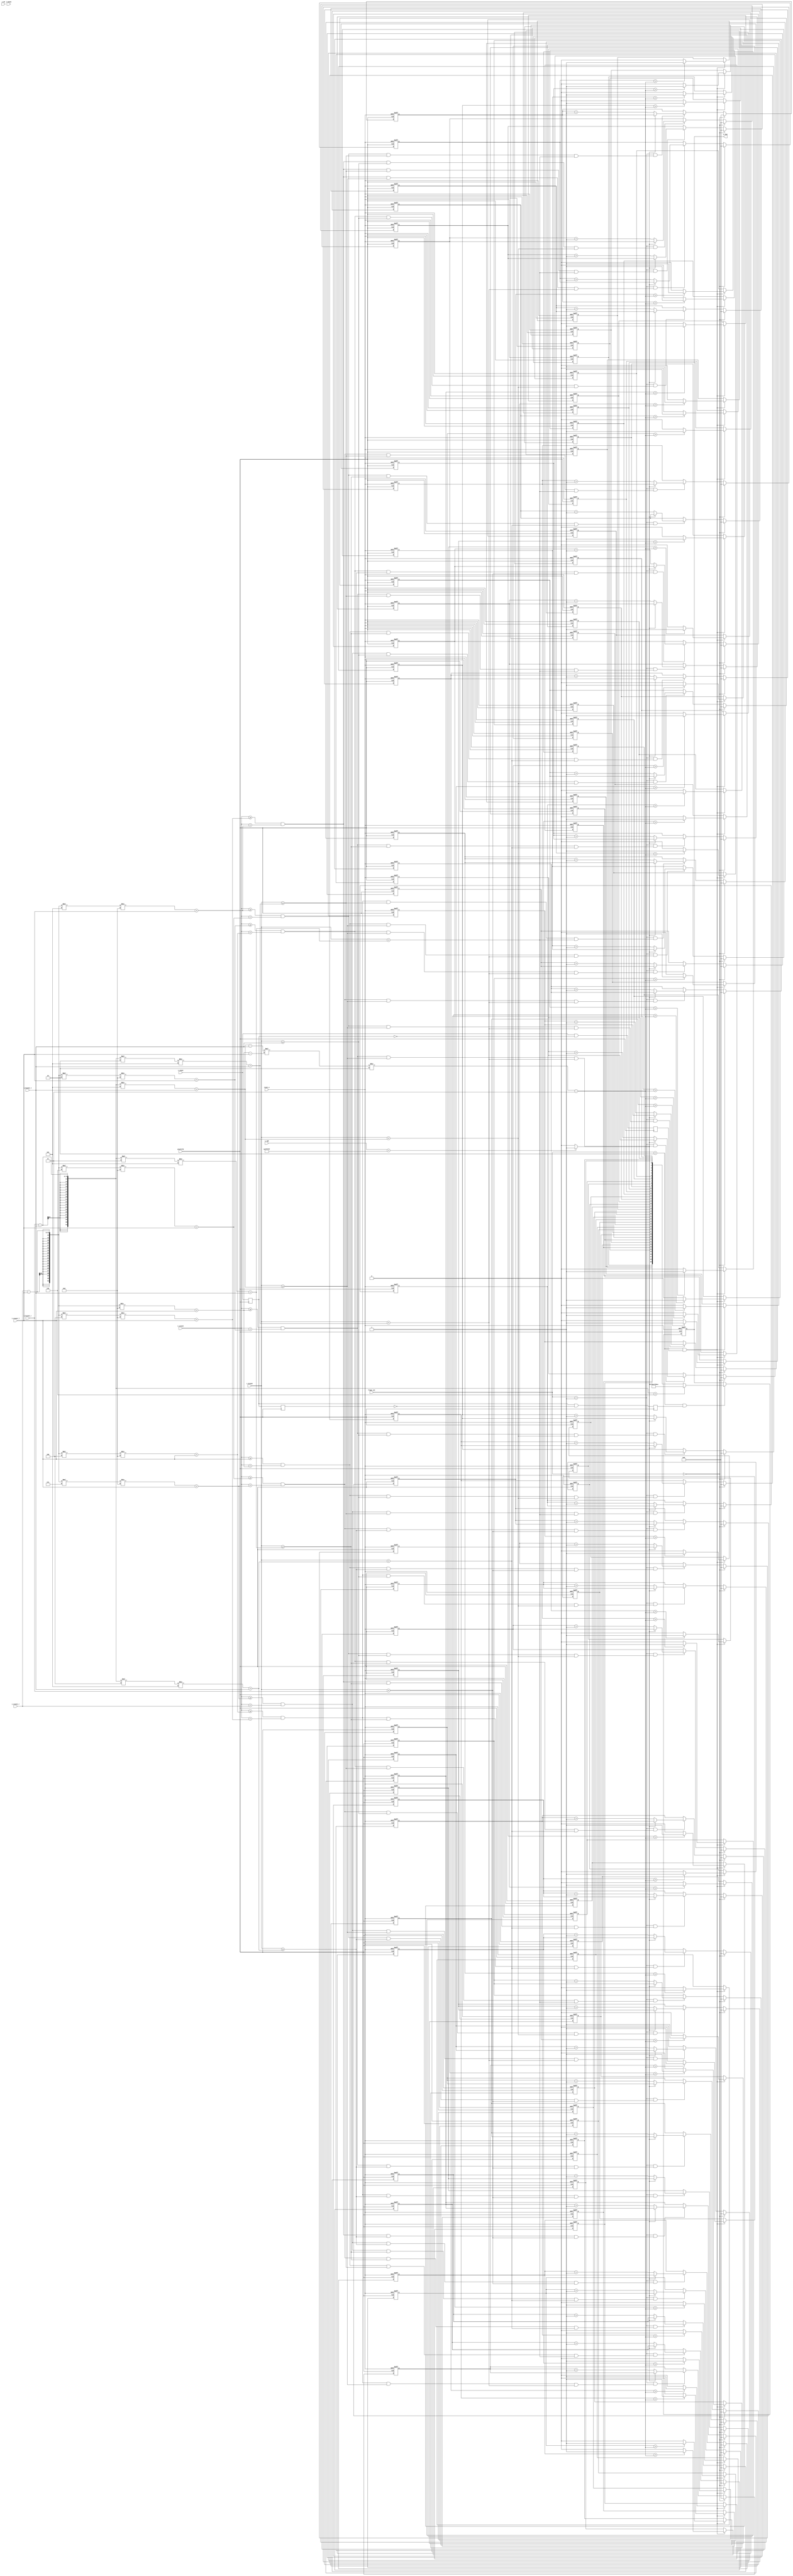
/**********************************************************
single o_character recognition
***********************************************************/

`define i_hcount15 ((i_hcount_r-i_hcount_l)  /5 + i_hcount_l)
`define i_hcount25 ((i_hcount_r-i_hcount_l)*2/5 + i_hcount_l)
`define i_hcount35 ((i_hcount_r-i_hcount_l)*3/5 + i_hcount_l)
`define i_hcount45 ((i_hcount_r-i_hcount_l)*4/5 + i_hcount_l)

`define i_vcount18 ((i_vcount_r-i_vcount_l)  /8 + i_vcount_l)
`define i_vcount28 ((i_vcount_r-i_vcount_l)*2/8 + i_vcount_l)
`define i_vcount38 ((i_vcount_r-i_vcount_l)*3/8 + i_vcount_l)
`define i_vcount48 ((i_vcount_r-i_vcount_l)*4/8 + i_vcount_l)
`define i_vcount58 ((i_vcount_r-i_vcount_l)*5/8 + i_vcount_l)
`define i_vcount68 ((i_vcount_r-i_vcount_l)*6/8 + i_vcount_l)
`define i_vcount78 ((i_vcount_r-i_vcount_l)*7/8 + i_vcount_l)

`define w (`i_hcount15 - i_hcount_l)
`define h (`i_vcount18 - i_vcount_l)
`define area (`w*`h)
`define area2 (`area/2-3'd3)

module character_recognition(
    input                               pixelclk                   ,
    input                               reset_n                    ,
    input              [   2:0]         frame_cnt                  ,//1230

    input              [  23:0]         i_rgb                      ,
    input                               i_hsync                    ,
    input                               i_vsync                    ,
    input                               i_de                       ,
	   
    input              [  11:0]         i_hcount                   ,
    input              [  11:0]         i_vcount                   ,
	   
    input              [  11:0]         i_hcount_l                 ,
    input              [  11:0]         i_hcount_r                 ,
    input              [  11:0]         i_vcount_l                 ,
    input              [  11:0]         i_vcount_r                 ,
    output             [  39:0]         o_char                      
       );
	   
reg                                     i_vsync_r                  ;
reg                                     i_vsync_r1                 ;
reg                                     i_vsync_pos                ;
reg                                     i_vsync_pos1               ;

wire                                    wb                         ;//white '1' 
assign wb = (i_rgb == 24'hfff_fff)?1'b1:1'b0;

always @(posedge pixelclk)begin
  i_vsync_r <= i_vsync;
  i_vsync_r1 <= i_vsync_r;
i_vsync_pos <= (i_vsync &(!i_vsync_r));
i_vsync_pos1<= (i_vsync_r &(!i_vsync_r1));
end

//assign i_vsync_pos = (i_vsync &(!i_vsync_r));
//assign i_vsync_pos1 = (i_vsync_r &(!i_vsync_r1));

//-------------------------------------------------------------
//statistics 1
//-------------------------------------------------------------
reg                    [  11:0]         area11_cnt                 ;
reg                    [  11:0]         area12_cnt                 ;
reg                    [  11:0]         area13_cnt                 ;
reg                    [  11:0]         area14_cnt                 ;
reg                    [  11:0]         area15_cnt                 ;

always @(posedge pixelclk or negedge reset_n) begin
   if(!reset_n)
     area11_cnt <= 10'd0;
   else if(frame_cnt == 0)
      area11_cnt <= 10'd0;
   else if(frame_cnt == 1 && (i_vcount >= i_vcount_l && i_vcount < `i_vcount18 && i_hcount >= i_hcount_l && i_hcount < `i_hcount15))
     if(wb == 1'b0)
       area11_cnt <= area11_cnt +1;
   else
     area11_cnt <= area11_cnt;
end

always @(posedge pixelclk or negedge reset_n) begin
   if(!reset_n)
     area12_cnt <= 10'd0;
   else if(frame_cnt == 0)
      area12_cnt <= 10'd0;
   else if(frame_cnt == 1 && (i_vcount >= i_vcount_l && i_vcount < `i_vcount18 && i_hcount >= `i_hcount15 && i_hcount < `i_hcount25))
     if(wb == 1'b0)
       area12_cnt <= area12_cnt +1;
   else
     area12_cnt <= area12_cnt;
end

always @(posedge pixelclk or negedge reset_n) begin
   if(!reset_n)
     area13_cnt <= 10'd0;
   else if(frame_cnt == 0)
      area13_cnt <= 10'd0;
   else if(frame_cnt == 1 && (i_vcount >= i_vcount_l && i_vcount < `i_vcount18 && i_hcount >= `i_hcount25 && i_hcount < `i_hcount35))
     if(wb == 1'b0)
       area13_cnt <= area13_cnt +1;
   else
     area13_cnt <= area13_cnt;
end

always @(posedge pixelclk or negedge reset_n) begin
   if(!reset_n)
     area14_cnt <= 10'd0;
   else if(frame_cnt == 0)
      area14_cnt <= 10'd0;
   else if(frame_cnt == 1 && (i_vcount >= i_vcount_l && i_vcount < `i_vcount18 && i_hcount >= `i_hcount35 && i_hcount < `i_hcount45))
     if(wb == 1'b0)
       area14_cnt <= area14_cnt +1;
   else
     area14_cnt <= area14_cnt;
end

always @(posedge pixelclk or negedge reset_n) begin
   if(!reset_n)
     area15_cnt <= 10'd0;
   else if(frame_cnt == 0)
      area15_cnt <= 10'd0;
   else if(frame_cnt == 1 && (i_vcount >= i_vcount_l && i_vcount < `i_vcount18 && i_hcount >= `i_hcount45 && i_hcount < i_hcount_r))
     if(wb == 1'b0)
       area15_cnt <= area15_cnt +1;
   else
     area15_cnt <= area15_cnt;
end

//-------------------------------------------------------------
//statistics 2
//-------------------------------------------------------------
reg                    [  11:0]         area21_cnt                 ;
reg                    [  11:0]         area22_cnt                 ;
reg                    [  11:0]         area23_cnt                 ;
reg                    [  11:0]         area24_cnt                 ;
reg                    [  11:0]         area25_cnt                 ;


always @(posedge pixelclk or negedge reset_n) begin
   if(!reset_n)
     area21_cnt <= 10'd0;
   else if(frame_cnt == 0)
      area21_cnt <= 10'd0;
   else if(frame_cnt == 1 && (i_vcount >= `i_vcount18 && i_vcount < `i_vcount28 && i_hcount >= i_hcount_l && i_hcount < `i_hcount15))
     if(wb == 1'b0)
       area21_cnt <= area21_cnt +1;
   else
     area21_cnt <= area21_cnt;
end

always @(posedge pixelclk or negedge reset_n) begin
   if(!reset_n)
     area22_cnt <= 10'd0;
   else if(frame_cnt == 0)
      area22_cnt <= 10'd0;
   else if(frame_cnt == 1 && (i_vcount >= `i_vcount18 && i_vcount < `i_vcount28 && i_hcount >= `i_hcount15 && i_hcount < `i_hcount25))
     if(wb == 1'b0)
       area22_cnt <= area22_cnt +1;
   else
     area22_cnt <= area22_cnt;
end

always @(posedge pixelclk or negedge reset_n) begin
   if(!reset_n)
     area23_cnt <= 10'd0;
   else if(frame_cnt == 0)
      area23_cnt <= 10'd0;
   else if(frame_cnt == 1 && (i_vcount >= `i_vcount18 && i_vcount < `i_vcount28 && i_hcount >= `i_hcount25 && i_hcount < `i_hcount35))
     if(wb == 1'b0)
       area23_cnt <= area23_cnt +1;
   else
     area23_cnt <= area23_cnt;
end

always @(posedge pixelclk or negedge reset_n) begin
   if(!reset_n)
     area24_cnt <= 10'd0;
   else if(frame_cnt == 0)
      area24_cnt <= 10'd0;
   else if(frame_cnt == 1 && (i_vcount >= `i_vcount18 && i_vcount < `i_vcount28 && i_hcount >= `i_hcount35 && i_hcount < `i_hcount45))
     if(wb == 1'b0)
       area24_cnt <= area24_cnt +1;
   else
     area24_cnt <= area24_cnt;
end

always @(posedge pixelclk or negedge reset_n) begin
   if(!reset_n)
     area25_cnt <= 10'd0;
   else if(frame_cnt == 0)
      area25_cnt <= 10'd0;
   else if(frame_cnt == 1 && (i_vcount >= `i_vcount18 && i_vcount < `i_vcount28 && i_hcount >= `i_hcount45 && i_hcount < i_hcount_r))
     if(wb == 1'b0)
       area25_cnt <= area25_cnt +1;
   else
     area25_cnt <= area25_cnt;
end

//-------------------------------------------------------------
//statistics 3
//-------------------------------------------------------------
reg                    [  11:0]         area31_cnt                 ;
reg                    [  11:0]         area32_cnt                 ;
reg                    [  11:0]         area33_cnt                 ;
reg                    [  11:0]         area34_cnt                 ;
reg                    [  11:0]         area35_cnt                 ;


always @(posedge pixelclk or negedge reset_n) begin
   if(!reset_n)
     area31_cnt <= 10'd0;
   else if(frame_cnt == 0)
      area31_cnt <= 10'd0;
   else if(frame_cnt == 1 && (i_vcount >= `i_vcount28 && i_vcount < `i_vcount38 && i_hcount >= i_hcount_l && i_hcount < `i_hcount15))
     if(wb == 1'b0)
       area31_cnt <= area31_cnt +1;
   else
     area31_cnt <= area31_cnt;
end

always @(posedge pixelclk or negedge reset_n) begin
   if(!reset_n)
     area32_cnt <= 10'd0;
   else if(frame_cnt == 0)
      area32_cnt <= 10'd0;
   else if(frame_cnt == 1 && (i_vcount >= `i_vcount28 && i_vcount < `i_vcount38 && i_hcount >= `i_hcount15 && i_hcount < `i_hcount25))
     if(wb == 1'b0)
       area32_cnt <= area32_cnt +1;
   else
     area32_cnt <= area32_cnt;
end

always @(posedge pixelclk or negedge reset_n) begin
   if(!reset_n)
     area33_cnt <= 10'd0;
   else if(frame_cnt == 0)
      area33_cnt <= 10'd0;
   else if(frame_cnt == 1 && (i_vcount >= `i_vcount28 && i_vcount < `i_vcount38 && i_hcount >= `i_hcount25 && i_hcount < `i_hcount35))
     if(wb == 1'b0)
       area33_cnt <= area33_cnt +1;
   else
     area33_cnt <= area33_cnt;
end

always @(posedge pixelclk or negedge reset_n) begin
   if(!reset_n)
     area34_cnt <= 10'd0;
   else if(frame_cnt == 0)
      area34_cnt <= 10'd0;
   else if(frame_cnt == 1 && (i_vcount >= `i_vcount28 && i_vcount < `i_vcount38 && i_hcount >= `i_hcount35 && i_hcount < `i_hcount45))
     if(wb == 1'b0)
       area34_cnt <= area34_cnt +1;
   else
     area34_cnt <= area34_cnt;
end

always @(posedge pixelclk or negedge reset_n) begin
   if(!reset_n)
     area35_cnt <= 10'd0;
   else if(frame_cnt == 0)
      area35_cnt <= 10'd0;
   else if(frame_cnt == 1 && (i_vcount >= `i_vcount28 && i_vcount < `i_vcount38 && i_hcount >= `i_hcount45 && i_hcount < i_hcount_r))
     if(wb == 1'b0)
       area35_cnt <= area35_cnt +1;
   else
     area35_cnt <= area35_cnt;
end

//-------------------------------------------------------------
//statistics 4
//-------------------------------------------------------------
reg                    [  11:0]         area41_cnt                 ;
reg                    [  11:0]         area42_cnt                 ;
reg                    [  11:0]         area43_cnt                 ;
reg                    [  11:0]         area44_cnt                 ;
reg                    [  11:0]         area45_cnt                 ;

always @(posedge pixelclk or negedge reset_n) begin
   if(!reset_n)
     area41_cnt <= 10'd0;
   else if(frame_cnt == 0)
      area41_cnt <= 10'd0;
   else if(frame_cnt == 1 && (i_vcount >= `i_vcount38 && i_vcount < `i_vcount48 && i_hcount >= i_hcount_l && i_hcount < `i_hcount15))
     if(wb == 1'b0)
       area41_cnt <= area41_cnt +1;
   else
     area41_cnt <= area41_cnt;
end

always @(posedge pixelclk or negedge reset_n) begin
   if(!reset_n)
     area42_cnt <= 10'd0;
   else if(frame_cnt == 0)
      area42_cnt <= 10'd0;
   else if(frame_cnt == 1 && (i_vcount >= `i_vcount38 && i_vcount < `i_vcount48 && i_hcount >= `i_hcount15 && i_hcount < `i_hcount25))
     if(wb == 1'b0)
       area42_cnt <= area42_cnt +1;
   else
     area42_cnt <= area42_cnt;
end

always @(posedge pixelclk or negedge reset_n) begin
   if(!reset_n)
     area43_cnt <= 10'd0;
   else if(frame_cnt == 0)
      area43_cnt <= 10'd0;
   else if(frame_cnt == 1 && (i_vcount >= `i_vcount38 && i_vcount < `i_vcount48 && i_hcount >= `i_hcount25 && i_hcount < `i_hcount35))
     if(wb == 1'b0)
       area43_cnt <= area43_cnt +1;
   else
     area43_cnt <= area43_cnt;
end

always @(posedge pixelclk or negedge reset_n) begin
   if(!reset_n)
     area44_cnt <= 10'd0;
   else if(frame_cnt == 0)
      area44_cnt <= 10'd0;
   else if(frame_cnt == 1 && (i_vcount >= `i_vcount38 && i_vcount < `i_vcount48 && i_hcount >= `i_hcount35 && i_hcount < `i_hcount45))
     if(wb == 1'b0)
       area44_cnt <= area44_cnt +1;
   else
     area44_cnt <= area44_cnt;
end

always @(posedge pixelclk or negedge reset_n) begin
   if(!reset_n)
     area45_cnt <= 10'd0;
   else if(frame_cnt == 0)
      area45_cnt <= 10'd0;
   else if(frame_cnt == 1 && (i_vcount >= `i_vcount38 && i_vcount < `i_vcount48 && i_hcount >= `i_hcount45 && i_hcount < i_hcount_r))
     if(wb == 1'b0)
       area45_cnt <= area45_cnt +1;
   else
     area45_cnt <= area45_cnt;
end
//-------------------------------------------------------------
//statistics 5
//-------------------------------------------------------------
reg                    [  11:0]         area51_cnt                 ;
reg                    [  11:0]         area52_cnt                 ;
reg                    [  11:0]         area53_cnt                 ;
reg                    [  11:0]         area54_cnt                 ;
reg                    [  11:0]         area55_cnt                 ;

always @(posedge pixelclk or negedge reset_n) begin
   if(!reset_n)
     area51_cnt <= 10'd0;
   else if(frame_cnt == 0)
      area51_cnt <= 10'd0;
   else if(frame_cnt == 1 && (i_vcount >= `i_vcount48 && i_vcount < `i_vcount58 && i_hcount >= i_hcount_l && i_hcount < `i_hcount15))
     if(wb == 1'b0)
       area51_cnt <= area51_cnt +1;
   else
     area51_cnt <= area51_cnt;
end

always @(posedge pixelclk or negedge reset_n) begin
   if(!reset_n)
     area52_cnt <= 10'd0;
   else if(frame_cnt == 0)
      area52_cnt <= 10'd0;
   else if(frame_cnt == 1 && (i_vcount >= `i_vcount48 && i_vcount < `i_vcount58 && i_hcount >= `i_hcount15 && i_hcount < `i_hcount25))
     if(wb == 1'b0)
       area52_cnt <= area52_cnt +1;
   else
     area52_cnt <= area52_cnt;
end

always @(posedge pixelclk or negedge reset_n) begin
   if(!reset_n)
     area53_cnt <= 10'd0;
   else if(frame_cnt == 0)
      area53_cnt <= 10'd0;
   else if(frame_cnt == 1 && (i_vcount >= `i_vcount48 && i_vcount < `i_vcount58 && i_hcount >= `i_hcount25 && i_hcount < `i_hcount35))
     if(wb == 1'b0)
       area53_cnt <= area53_cnt +1;
   else
     area53_cnt <= area53_cnt;
end

always @(posedge pixelclk or negedge reset_n) begin
   if(!reset_n)
     area54_cnt <= 10'd0;
   else if(frame_cnt == 0)
      area54_cnt <= 10'd0;
   else if(frame_cnt == 1 && (i_vcount >= `i_vcount48 && i_vcount < `i_vcount58 && i_hcount >= `i_hcount35 && i_hcount < `i_hcount45))
     if(wb == 1'b0)
       area54_cnt <= area54_cnt +1;
   else
     area54_cnt <= area54_cnt;
end

always @(posedge pixelclk or negedge reset_n) begin
   if(!reset_n)
     area55_cnt <= 10'd0;
   else if(frame_cnt == 0)
      area55_cnt <= 10'd0;
   else if(frame_cnt == 1 && (i_vcount >= `i_vcount48 && i_vcount < `i_vcount58 && i_hcount >= `i_hcount45 && i_hcount < i_hcount_r))
     if(wb == 1'b0)
       area55_cnt <= area55_cnt +1;
   else
     area55_cnt <= area55_cnt;
end

//-------------------------------------------------------------
//statistics 6
//-------------------------------------------------------------
reg                    [  11:0]         area61_cnt                 ;
reg                    [  11:0]         area62_cnt                 ;
reg                    [  11:0]         area63_cnt                 ;
reg                    [  11:0]         area64_cnt                 ;
reg                    [  11:0]         area65_cnt                 ;


always @(posedge pixelclk or negedge reset_n) begin
   if(!reset_n)
     area61_cnt <= 10'd0;
   else if(frame_cnt == 0)
      area61_cnt <= 10'd0;
   else if(frame_cnt == 1 && (i_vcount >= `i_vcount58 && i_vcount < `i_vcount68 && i_hcount >= i_hcount_l && i_hcount < `i_hcount15))
     if(wb == 1'b0)
       area61_cnt <= area61_cnt +1;
   else
     area61_cnt <= area61_cnt;
end

always @(posedge pixelclk or negedge reset_n) begin
   if(!reset_n)
     area62_cnt <= 10'd0;
   else if(frame_cnt == 0)
      area62_cnt <= 10'd0;
   else if(frame_cnt == 1 && (i_vcount >= `i_vcount58 && i_vcount < `i_vcount68 && i_hcount >= `i_hcount15 && i_hcount < `i_hcount25))
     if(wb == 1'b0)
       area62_cnt <= area62_cnt +1;
   else
     area62_cnt <= area62_cnt;
end

always @(posedge pixelclk or negedge reset_n) begin
   if(!reset_n)
     area63_cnt <= 10'd0;
   else if(frame_cnt == 0)
      area63_cnt <= 10'd0;
   else if(frame_cnt == 1 && (i_vcount >= `i_vcount58 && i_vcount < `i_vcount68 && i_hcount >= `i_hcount25 && i_hcount < `i_hcount35))
     if(wb == 1'b0)
       area63_cnt <= area63_cnt +1;
   else
     area63_cnt <= area63_cnt;
end

always @(posedge pixelclk or negedge reset_n) begin
   if(!reset_n)
     area64_cnt <= 10'd0;
   else if(frame_cnt == 0)
      area64_cnt <= 10'd0;
   else if(frame_cnt == 1 && (i_vcount >= `i_vcount58 && i_vcount < `i_vcount68 && i_hcount >= `i_hcount35 && i_hcount < `i_hcount45))
     if(wb == 1'b0)
       area64_cnt <= area64_cnt +1;
   else
     area64_cnt <= area64_cnt;
end

always @(posedge pixelclk or negedge reset_n) begin
   if(!reset_n)
     area65_cnt <= 10'd0;
   else if(frame_cnt == 0)
      area65_cnt <= 10'd0;
   else if(frame_cnt == 1 && (i_vcount >= `i_vcount58 && i_vcount < `i_vcount68 && i_hcount >= `i_hcount45 && i_hcount < i_hcount_r))
     if(wb == 1'b0)
       area65_cnt <= area65_cnt +1;
   else
     area65_cnt <= area65_cnt;
end

//-------------------------------------------------------------
//statistics 7
//-------------------------------------------------------------
reg                    [  11:0]         area71_cnt                 ;
reg                    [  11:0]         area72_cnt                 ;
reg                    [  11:0]         area73_cnt                 ;
reg                    [  11:0]         area74_cnt                 ;
reg                    [  11:0]         area75_cnt                 ;


always @(posedge pixelclk or negedge reset_n) begin
   if(!reset_n)
     area71_cnt <= 10'd0;
   else if(frame_cnt == 0)
      area71_cnt <= 10'd0;
   else if(frame_cnt == 1 && (i_vcount >= `i_vcount68 && i_vcount < `i_vcount78 && i_hcount >= i_hcount_l && i_hcount < `i_hcount15))
     if(wb == 1'b0)
       area71_cnt <= area71_cnt +1;
   else
     area71_cnt <= area71_cnt;
end

always @(posedge pixelclk or negedge reset_n) begin
   if(!reset_n)
     area72_cnt <= 10'd0;
   else if(frame_cnt == 0)
      area72_cnt <= 10'd0;
   else if(frame_cnt == 1 && (i_vcount >= `i_vcount68 && i_vcount < `i_vcount78 && i_hcount >= `i_hcount15 && i_hcount < `i_hcount25))
     if(wb == 1'b0)
       area72_cnt <= area72_cnt +1;
   else
     area72_cnt <= area72_cnt;
end

always @(posedge pixelclk or negedge reset_n) begin
   if(!reset_n)
     area73_cnt <= 10'd0;
   else if(frame_cnt == 0)
      area73_cnt <= 10'd0;
   else if(frame_cnt == 1 && (i_vcount >= `i_vcount68 && i_vcount < `i_vcount78 && i_hcount >= `i_hcount25 && i_hcount < `i_hcount35))
     if(wb == 1'b0)
       area73_cnt <= area73_cnt +1;
   else
     area73_cnt <= area73_cnt;
end

always @(posedge pixelclk or negedge reset_n) begin
   if(!reset_n)
     area74_cnt <= 10'd0;
   else if(frame_cnt == 0)
      area74_cnt <= 10'd0;
   else if(frame_cnt == 1 && (i_vcount >= `i_vcount68 && i_vcount < `i_vcount78 && i_hcount >= `i_hcount35 && i_hcount < `i_hcount45))
     if(wb == 1'b0)
       area74_cnt <= area74_cnt +1;
   else
     area74_cnt <= area74_cnt;
end

always @(posedge pixelclk or negedge reset_n) begin
   if(!reset_n)
     area75_cnt <= 10'd0;
   else if(frame_cnt == 0)
      area75_cnt <= 10'd0;
   else if(frame_cnt == 1 && (i_vcount >= `i_vcount68 && i_vcount < `i_vcount78 && i_hcount >= `i_hcount45 && i_hcount < i_hcount_r))
     if(wb == 1'b0)
       area75_cnt <= area75_cnt +1;
   else
     area75_cnt <= area75_cnt;
end

//-------------------------------------------------------------
//statistics 8
//-------------------------------------------------------------
reg                    [  11:0]         area81_cnt                 ;
reg                    [  11:0]         area82_cnt                 ;
reg                    [  11:0]         area83_cnt                 ;
reg                    [  11:0]         area84_cnt                 ;
reg                    [  11:0]         area85_cnt                 ;

always @(posedge pixelclk or negedge reset_n) begin
   if(!reset_n)
     area81_cnt <= 10'd0;
   else if(frame_cnt == 0)
      area81_cnt <= 10'd0;
   else if(frame_cnt == 1 && (i_vcount >= `i_vcount78 && i_vcount < i_vcount_r && i_hcount >= i_hcount_l && i_hcount < `i_hcount15))
     if(wb == 1'b0)
       area81_cnt <= area81_cnt +1;
   else
     area81_cnt <= area81_cnt;
end

always @(posedge pixelclk or negedge reset_n) begin
   if(!reset_n)
     area82_cnt <= 10'd0;
   else if(frame_cnt == 0)
      area82_cnt <= 10'd0;
   else if(frame_cnt == 1 && (i_vcount >= `i_vcount78 && i_vcount < i_vcount_r && i_hcount >= `i_hcount15 && i_hcount < `i_hcount25))
     if(wb == 1'b0)
       area82_cnt <= area82_cnt +1;
   else
     area82_cnt <= area82_cnt;
end

always @(posedge pixelclk or negedge reset_n) begin
   if(!reset_n)
     area83_cnt <= 10'd0;
   else if(frame_cnt == 0)
      area83_cnt <= 10'd0;
   else if(frame_cnt == 1 && (i_vcount >= `i_vcount78 && i_vcount < i_vcount_r && i_hcount >= `i_hcount25 && i_hcount < `i_hcount35))
     if(wb == 1'b0)
       area83_cnt <= area83_cnt +1;
   else
     area83_cnt <= area83_cnt;
end

always @(posedge pixelclk or negedge reset_n) begin
   if(!reset_n)
     area84_cnt <= 10'd0;
   else if(frame_cnt == 0)
      area84_cnt <= 10'd0;
   else if(frame_cnt == 1 && (i_vcount >= `i_vcount78 && i_vcount < i_vcount_r && i_hcount >= `i_hcount35 && i_hcount < `i_hcount45))
     if(wb == 1'b0)
       area84_cnt <= area84_cnt +1;
   else
     area84_cnt <= area84_cnt;
end

always @(posedge pixelclk or negedge reset_n) begin
   if(!reset_n)
     area85_cnt <= 10'd0;
   else if(frame_cnt == 0)
      area85_cnt <= 10'd0;
   else if(frame_cnt == 1 && (i_vcount >= `i_vcount78 && i_vcount < i_vcount_r && i_hcount >= `i_hcount45 && i_hcount < i_hcount_r))
     if(wb == 1'b0)
       area85_cnt <= area85_cnt +1;
   else
     area85_cnt <= area85_cnt;
end
//--------------------------------------------------------------
// analyze
//--------------------------------------------------------------
/*
wire                                    area11_wb = (area11_cnt > `area2  && frame_cnt == 2 && i_vsync_pos == 1'b1)?1'b1:1'b0;
wire                                    area12_wb = (area12_cnt > `area2  && frame_cnt == 2 && i_vsync_pos == 1'b1)?1'b1:1'b0;
wire                                    area13_wb = (area13_cnt > `area2  && frame_cnt == 2 && i_vsync_pos == 1'b1)?1'b1:1'b0;
wire                                    area14_wb = (area14_cnt > `area2  && frame_cnt == 2 && i_vsync_pos == 1'b1)?1'b1:1'b0;
wire                                    area15_wb = (area15_cnt > `area2  && frame_cnt == 2 && i_vsync_pos == 1'b1)?1'b1:1'b0;

wire                                    area21_wb = (area21_cnt > `area2  && frame_cnt == 2 && i_vsync_pos == 1'b1)?1'b1:1'b0;
wire                                    area22_wb = (area22_cnt > `area2  && frame_cnt == 2 && i_vsync_pos == 1'b1)?1'b1:1'b0;
wire                                    area23_wb = (area23_cnt > `area2  && frame_cnt == 2 && i_vsync_pos == 1'b1)?1'b1:1'b0;
wire                                    area24_wb = (area24_cnt > `area2  && frame_cnt == 2 && i_vsync_pos == 1'b1)?1'b1:1'b0;
wire                                    area25_wb = (area25_cnt > `area2  && frame_cnt == 2 && i_vsync_pos == 1'b1)?1'b1:1'b0;

wire                                    area31_wb = (area31_cnt > `area2  && frame_cnt == 2 && i_vsync_pos == 1'b1)?1'b1:1'b0;
wire                                    area32_wb = (area32_cnt > `area2  && frame_cnt == 2 && i_vsync_pos == 1'b1)?1'b1:1'b0;
wire                                    area33_wb = (area33_cnt > `area2  && frame_cnt == 2 && i_vsync_pos == 1'b1)?1'b1:1'b0;
wire                                    area34_wb = (area34_cnt > `area2  && frame_cnt == 2 && i_vsync_pos == 1'b1)?1'b1:1'b0;
wire                                    area35_wb = (area35_cnt > `area2  && frame_cnt == 2 && i_vsync_pos == 1'b1)?1'b1:1'b0;

wire                                    area41_wb = (area41_cnt > `area2  && frame_cnt == 2 && i_vsync_pos == 1'b1)?1'b1:1'b0;
wire                                    area42_wb = (area42_cnt > `area2  && frame_cnt == 2 && i_vsync_pos == 1'b1)?1'b1:1'b0;
wire                                    area43_wb = (area43_cnt > `area2  && frame_cnt == 2 && i_vsync_pos == 1'b1)?1'b1:1'b0;
wire                                    area44_wb = (area44_cnt > `area2  && frame_cnt == 2 && i_vsync_pos == 1'b1)?1'b1:1'b0;
wire                                    area45_wb = (area45_cnt > `area2  && frame_cnt == 2 && i_vsync_pos == 1'b1)?1'b1:1'b0;

wire                                    area51_wb = (area51_cnt > `area2  && frame_cnt == 2 && i_vsync_pos == 1'b1)?1'b1:1'b0;
wire                                    area52_wb = (area52_cnt > `area2  && frame_cnt == 2 && i_vsync_pos == 1'b1)?1'b1:1'b0;
wire                                    area53_wb = (area53_cnt > `area2  && frame_cnt == 2 && i_vsync_pos == 1'b1)?1'b1:1'b0;
wire                                    area54_wb = (area54_cnt > `area2  && frame_cnt == 2 && i_vsync_pos == 1'b1)?1'b1:1'b0;
wire                                    area55_wb = (area55_cnt > `area2  && frame_cnt == 2 && i_vsync_pos == 1'b1)?1'b1:1'b0;

wire                                    area61_wb = (area61_cnt > `area2  && frame_cnt == 1)?1'b1:1'b0;
wire                                    area62_wb = (area62_cnt > `area2  && frame_cnt == 1)?1'b1:1'b0;
wire                                    area63_wb = (area63_cnt > `area2  && frame_cnt == 1)?1'b1:1'b0;
wire                                    area64_wb = (area64_cnt > `area2  && frame_cnt == 1)?1'b1:1'b0;
wire                                    area65_wb = (area65_cnt > `area2  && frame_cnt == 1)?1'b1:1'b0;

wire                                    area71_wb = (area71_cnt > `area2  && frame_cnt == 2 && i_vsync_pos == 1'b1)?1'b1:1'b0;
wire                                    area72_wb = (area72_cnt > `area2  && frame_cnt == 2 && i_vsync_pos == 1'b1)?1'b1:1'b0;
wire                                    area73_wb = (area73_cnt > `area2  && frame_cnt == 2 && i_vsync_pos == 1'b1)?1'b1:1'b0;
wire                                    area74_wb = (area74_cnt > `area2  && frame_cnt == 2 && i_vsync_pos == 1'b1)?1'b1:1'b0;
wire                                    area75_wb = (area75_cnt > `area2  && frame_cnt == 2 && i_vsync_pos == 1'b1)?1'b1:1'b0;

wire                                    area81_wb = (area81_cnt > `area2  && frame_cnt == 2 && i_vsync_pos == 1'b1)?1'b1:1'b0;
wire                                    area82_wb = (area82_cnt > `area2  && frame_cnt == 2 && i_vsync_pos == 1'b1)?1'b1:1'b0;
wire                                    area83_wb = (area83_cnt > `area2  && frame_cnt == 2 && i_vsync_pos == 1'b1)?1'b1:1'b0;
wire                                    area84_wb = (area84_cnt > `area2  && frame_cnt == 2 && i_vsync_pos == 1'b1)?1'b1:1'b0;
wire                                    area85_wb = (area85_cnt > `area2  && frame_cnt == 2 && i_vsync_pos == 1'b1)?1'b1:1'b0;
*/
reg                                     area11_wb                  ;
reg                                     area12_wb                  ;
reg                                     area13_wb                  ;
reg                                     area14_wb                  ;
reg                                     area15_wb                  ;

always @(posedge pixelclk or  negedge reset_n) begin
  if(reset_n == 1'b0) begin
    area11_wb <= 1'b0;
    area12_wb <= 1'b0;
    area13_wb <= 1'b0;
    area14_wb <= 1'b0;
    area15_wb <= 1'b0;
  end
  else if(frame_cnt == 2'd2 && i_vsync_pos == 1'b1)begin
    area11_wb <=(area11_cnt > `area2)?1'b1:1'b0;
    area12_wb <=(area12_cnt > `area2)?1'b1:1'b0;
    area13_wb <=(area13_cnt > `area2)?1'b1:1'b0;
    area14_wb <=(area14_cnt > `area2)?1'b1:1'b0;
    area15_wb <=(area15_cnt > `area2)?1'b1:1'b0;
  end
end

reg                                     area21_wb                  ;
reg                                     area22_wb                  ;
reg                                     area23_wb                  ;
reg                                     area24_wb                  ;
reg                                     area25_wb                  ;

always @(posedge pixelclk or  negedge reset_n) begin
  if(reset_n == 1'b0) begin
    area21_wb <= 1'b0;
    area22_wb <= 1'b0;
    area23_wb <= 1'b0;
    area24_wb <= 1'b0;
    area25_wb <= 1'b0;
  end
  else if(frame_cnt == 2'd2 && i_vsync_pos == 1'b1)begin
    area21_wb <=(area21_cnt > `area2)?1'b1:1'b0;
    area22_wb <=(area22_cnt > `area2)?1'b1:1'b0;
    area23_wb <=(area23_cnt > `area2)?1'b1:1'b0;
    area24_wb <=(area24_cnt > `area2)?1'b1:1'b0;
    area25_wb <=(area25_cnt > `area2)?1'b1:1'b0;
  end
end

reg                                     area31_wb                  ;
reg                                     area32_wb                  ;
reg                                     area33_wb                  ;
reg                                     area34_wb                  ;
reg                                     area35_wb                  ;

always @(posedge pixelclk or  negedge reset_n) begin
  if(reset_n == 1'b0) begin
    area31_wb <= 1'b0;
    area32_wb <= 1'b0;
    area33_wb <= 1'b0;
    area34_wb <= 1'b0;
    area35_wb <= 1'b0;
  end
  else if(frame_cnt ==2'd2 && i_vsync_pos == 1'b1)begin
    area31_wb <=(area31_cnt > `area2)?1'b1:1'b0;
    area32_wb <=(area32_cnt > `area2)?1'b1:1'b0;
    area33_wb <=(area33_cnt > `area2)?1'b1:1'b0;
    area34_wb <=(area34_cnt > `area2)?1'b1:1'b0;
    area35_wb <=(area35_cnt > `area2)?1'b1:1'b0;
  end
end

reg                                     area41_wb                  ;
reg                                     area42_wb                  ;
reg                                     area43_wb                  ;
reg                                     area44_wb                  ;
reg                                     area45_wb                  ;

always @(posedge pixelclk or  negedge reset_n) begin
  if(reset_n == 1'b0) begin
    area41_wb <= 1'b0;
    area42_wb <= 1'b0;
    area43_wb <= 1'b0;
    area44_wb <= 1'b0;
    area45_wb <= 1'b0;
  end
  else if(frame_cnt == 2'd2 && i_vsync_pos == 1'b1)begin
    area41_wb <=(area41_cnt > `area2)?1'b1:1'b0;
    area42_wb <=(area42_cnt > `area2)?1'b1:1'b0;
    area43_wb <=(area43_cnt > `area2)?1'b1:1'b0;
    area44_wb <=(area44_cnt > `area2)?1'b1:1'b0;
    area45_wb <=(area45_cnt > `area2)?1'b1:1'b0;
  end
end

reg                                     area51_wb                  ;
reg                                     area52_wb                  ;
reg                                     area53_wb                  ;
reg                                     area54_wb                  ;
reg                                     area55_wb                  ;

always @(posedge pixelclk or  negedge reset_n) begin
  if(reset_n == 1'b0) begin
    area51_wb <= 1'b0;
    area52_wb <= 1'b0;
    area53_wb <= 1'b0;
    area54_wb <= 1'b0;
    area55_wb <= 1'b0;
  end
  else if(frame_cnt == 2'd2 && i_vsync_pos == 1'b1)begin
    area51_wb <=(area51_cnt > `area2)?1'b1:1'b0;
    area52_wb <=(area52_cnt > `area2)?1'b1:1'b0;
    area53_wb <=(area53_cnt > `area2)?1'b1:1'b0;
    area54_wb <=(area54_cnt > `area2)?1'b1:1'b0;
    area55_wb <=(area55_cnt > `area2)?1'b1:1'b0;
  end
end

reg                                     area61_wb                  ;
reg                                     area62_wb                  ;
reg                                     area63_wb                  ;
reg                                     area64_wb                  ;
reg                                     area65_wb                  ;

always @(posedge pixelclk or  negedge reset_n) begin
  if(reset_n == 1'b0) begin
    area61_wb <= 1'b0;
    area62_wb <= 1'b0;
    area63_wb <= 1'b0;
    area64_wb <= 1'b0;
    area65_wb <= 1'b0;
  end
  else if(frame_cnt == 2'd2 && i_vsync_pos == 1'b1)begin
    area61_wb <=(area61_cnt > `area2)?1'b1:1'b0;
    area62_wb <=(area62_cnt > `area2)?1'b1:1'b0;
    area63_wb <=(area63_cnt > `area2)?1'b1:1'b0;
    area64_wb <=(area64_cnt > `area2)?1'b1:1'b0;
    area65_wb <=(area65_cnt > `area2)?1'b1:1'b0;
  end
end

reg                                     area71_wb                  ;
reg                                     area72_wb                  ;
reg                                     area73_wb                  ;
reg                                     area74_wb                  ;
reg                                     area75_wb                  ;

always @(posedge pixelclk or  negedge reset_n) begin
  if(reset_n == 1'b0) begin
    area71_wb <= 1'b0;
    area72_wb <= 1'b0;
    area73_wb <= 1'b0;
    area74_wb <= 1'b0;
    area75_wb <= 1'b0;
  end
  else if(frame_cnt == 2'd2 && i_vsync_pos == 1'b1)begin
    area71_wb <=(area71_cnt > `area2)?1'b1:1'b0;
    area72_wb <=(area72_cnt > `area2)?1'b1:1'b0;
    area73_wb <=(area73_cnt > `area2)?1'b1:1'b0;
    area74_wb <=(area74_cnt > `area2)?1'b1:1'b0;
    area75_wb <=(area75_cnt > `area2)?1'b1:1'b0;
  end
end

reg                                     area81_wb                  ;
reg                                     area82_wb                  ;
reg                                     area83_wb                  ;
reg                                     area84_wb                  ;
reg                                     area85_wb                  ;

always @(posedge pixelclk or  negedge reset_n) begin
  if(reset_n == 1'b0) begin
    area81_wb <= 1'b0;
    area82_wb <= 1'b0;
    area83_wb <= 1'b0;
    area84_wb <= 1'b0;
    area85_wb <= 1'b0;
  end
  else if(frame_cnt == 2'd2 && i_vsync_pos == 1'b1)begin
    area81_wb <=(area81_cnt > `area2)?1'b1:1'b0;
    area82_wb <=(area82_cnt > `area2)?1'b1:1'b0;
    area83_wb <=(area83_cnt > `area2)?1'b1:1'b0;
    area84_wb <=(area84_cnt > `area2)?1'b1:1'b0;
    area85_wb <=(area85_cnt > `area2)?1'b1:1'b0;
  end
end

//-------------------------------------------------------------
// result
//-------------------------------------------------------------
reg                    [  39:0]         o_char_r                   ;
assign  o_char = o_char_r;



always @(posedge pixelclk or negedge reset_n) begin
  if(reset_n == 1'b0)
    o_char_r <= 40'b0;
  else if( frame_cnt == 2'd2 && i_vsync_pos1 == 1'b1)begin
	//o_char_r <= 40'h739ce739ce;  
    if(i_hcount_r-i_hcount_l<6)begin
        o_char_r <= 40'h739ce739ce;
    end
    else begin
            o_char_r <= {area11_wb,area12_wb,area13_wb,area14_wb,area15_wb,
                   area21_wb,area22_wb,area23_wb,area24_wb,area25_wb,
                       area31_wb,area32_wb,area33_wb,area34_wb,area35_wb,
                      area41_wb,area42_wb,area43_wb,area44_wb,area45_wb,
                       area51_wb,area52_wb,area53_wb,area54_wb,area55_wb,
                      area61_wb,area62_wb,area63_wb,area64_wb,area65_wb,
                       area71_wb,area72_wb,area73_wb,area74_wb,area75_wb,
                      area81_wb,area82_wb,area83_wb,area84_wb,area85_wb};
    end
    end
			   			   
end

endmodule
`undef i_hcount15
`undef i_hcount25
`undef i_hcount35
`undef i_hcount45

`undef i_vcount18
`undef i_vcount28
`undef i_vcount38
`undef i_vcount48
`undef i_vcount58
`undef i_vcount68
`undef i_vcount78

`undef w
`undef h
`undef area
`undef area2